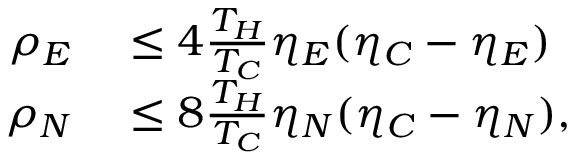
\begin{array} { r l } { \rho _ { E } } & { { } \leq 4 \frac { T _ { H } } { T _ { C } } \eta _ { E } ( \eta _ { C } - \eta _ { E } ) } \\ { \rho _ { N } } & { { } \leq 8 \frac { T _ { H } } { T _ { C } } \eta _ { N } ( \eta _ { C } - \eta _ { N } ) , } \end{array}